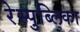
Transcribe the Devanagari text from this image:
रेस्पुब्लिका